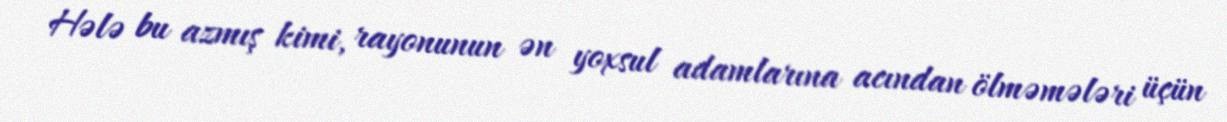
Hələ bu azmış kimi, rayonunun ən yoxsul adamlarına acından ölməmələri üçün